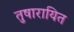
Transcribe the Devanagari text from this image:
तुषारायित